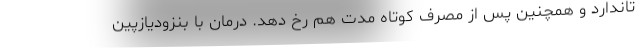
تاندارد و همچنین پس از مصرف کوتاه مدت هم رخ دهد. درمان با بنزودیازپین